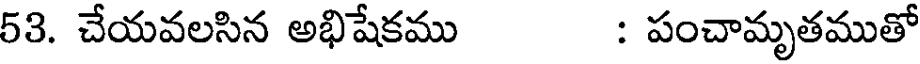
53. చేయవలసిన అభిషేకము : పంచామృతముతో